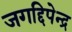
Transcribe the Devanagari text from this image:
जगद्दिपेन्द्र